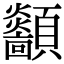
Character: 顲